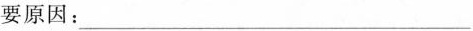
要原因：___